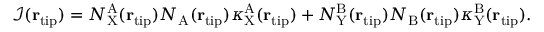
\begin{array} { r } { \mathcal { I } ( { \bf r } _ { \mathrm { t i p } } ) = N _ { \mathrm { X } } ^ { \mathrm { A } } ( { \bf r } _ { \mathrm { t i p } } ) N _ { \mathrm { A } } ( { \bf r } _ { \mathrm { t i p } } ) \kappa _ { \mathrm { X } } ^ { \mathrm { A } } ( { \bf r } _ { \mathrm { t i p } } ) + N _ { \mathrm { Y } } ^ { \mathrm { B } } ( { \bf r } _ { \mathrm { t i p } } ) N _ { \mathrm { B } } ( { \bf r } _ { \mathrm { t i p } } ) \kappa _ { \mathrm { Y } } ^ { \mathrm { B } } ( { \bf r } _ { \mathrm { t i p } } ) . } \end{array}